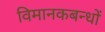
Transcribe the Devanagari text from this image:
विमानकबन्धों